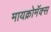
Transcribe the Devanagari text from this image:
मायक्रोमॅक्स